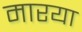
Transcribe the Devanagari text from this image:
मारया